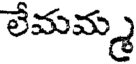
లేమమ్మ